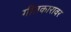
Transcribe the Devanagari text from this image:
गीतकारावर